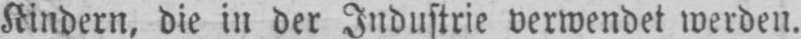
Kindern, die in der Industrie verwendet werden.